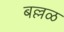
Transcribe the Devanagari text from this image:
बल्लळ